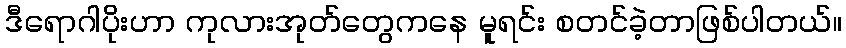
ဒီရောဂါပိုးဟာ ကုလားအုတ်တွေကနေ မူရင်း စတင်ခဲ့တာဖြစ်ပါတယ်။